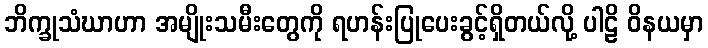
ဘိက္ခုသံဃာဟာ အမျိုးသမီးတွေကို ရဟန်းပြုပေးခွင့်ရှိတယ်လို့ ပါဠိ ဝိနယမှာ